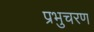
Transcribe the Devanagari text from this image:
प्रभुचरण